Report on vaccination in Madras 1904-1921 - 1904-1921
Year: 1904
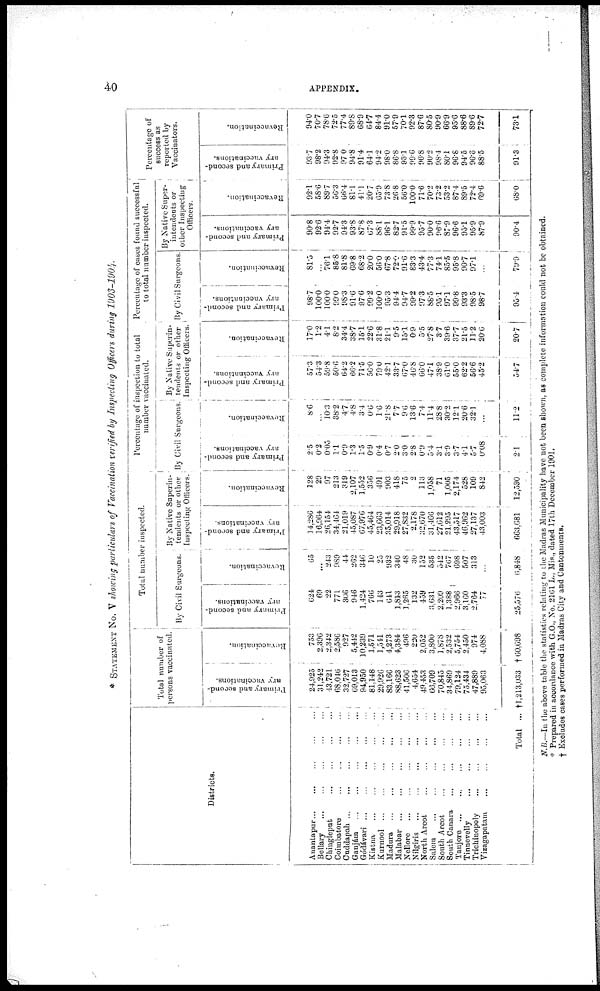
40
APPENDIX.
* STATEMENT No. V showing particulars of Vaccination verified by Inspecting Officers during 1903-1904.
Districts.
Anantapur...
...
...
...
...
Bellary...
...
...
...
...
Chingleput...
...
...
...
Coimbatore...
...
...
...
Cuddapah...
...
...
...
...
Ganjám
...
...
...
...
...
Gódávari...
...
...
...
...
Kistna...
...
...
...
...
Kurnool...
...
...
...
...
Madura...
...
...
...
...
Malabar...
...
...
...
...
Nellore...
...
...
...
...
...
Nilgiris...
...
...
...
...
...
North Arcot...
...
...
...
...
Salem... ... ... ... ...
South Arcot...
...
...
...
...
South Canara... ... ... ... ...
Tanjore... ... ... ... ...
Tinnevelly...
...
...
...
...
Trichinopoly...
...
...
...
...
Vizagapatam... ... ... ...
Total ...
Total number of
persons vaccinated.
Primary and second-
ary vaccinations.
24,925
31,242
43,721
68,046
32,727
69,013
94,950
81,148
29,926
83,166
88,623
41,506
4,654
49,453
66,709
70,845
34,869
79,124
75,434
47,889
95,063
†1,213,033
Re-vaccination.
753
2,396
2,342
2,586
927
5,442
10,239
1,571
1,541
4,273
4,384
496
220
2,052
3,800
1,878
2,532
5,754
2,450
974
4,088
† 60,098
Total number inspected.
By Civil Surgeons.
Primary and second-
ary vaccinations.
624
69
22
771
306
946
1,424
766
143
641
1,843
1,265
132
459
3,631
2,209
1,388
2,966
3,160
2,764
77
25,576
Revaccination.
65
...
243
989
44
262
346
10
25
932
340
48
30
152
535
542
767
698
507
313
...
6,848
By Native Superin-
tendents or other
Inspecting Officers.
Primary and second-
ary vaccinations.
14,286
16,964
26,154
34,464
21,019
45,087
67,976
45,464
23,663
35,014
29,918
27,832
2,178
32,670
31,466
27,612
21,295
43,517
46,962
27,137
43,003
663,681
Revaccination.
128
29
97
213
319
2,107
1,552
356
491
903
418
75
2
113
1,058
71
1,005
2,174
528
109
842
12,590
Percentage of inspection to
number vaccinated.
total
By Civil
Surgeons.
Primary and second-
ary vaccinations.
2.5
0.2
0.05
1.1
0.9
1.3
1.5
0.9
0.4
0.7
2.0
3.0
2.8
0.9
5.4
3.1
3.9
3.7
4.1
5.7
0.08
2.1
Re va c c i
na t
i
on.
8.6
...
10.3
38.2
4.7
4.8
3.4
0.6
1.6
21.8
7.7
9.0
13.6
7.4
11.4
28.8
30.2
12.1
20.6
32.1
...
11.2
By Native S
tendents o
Inspecting
uperin-
r other
Officers.
Pr i
mar y and second-
ary vaccinations.
57.3
54.3
59.8
50.0
64.2
66.2
71.5
56.0
79.0
42.1
33.7
67.0
46.8
66.0
47.1
38.9
61.0
55.0
62.2
56.6
45.2
54.7
Re va c c i
na t
i
on.
17.0
1.2
4.1
8.2
34.4
38.7
15.1
22.6
31.8
21.1
9.5
15.1
0.9
5.5
27.8
3.7
39.6
37.7
21.5
11.2
20.6
20.7
Percentage of cases found successful.
to total number inspected.
By Civil Surgeons.
Primary and second-
ary vaccinations.
98.7
100.0
100.0
99.0
98.3
91.6
97.6
99.2
100.0
95.3
94.4
94.7
99.2
97.3
88.5
95.1
97.1
99.8
93.3
98.5
98.7
95.4
Revaccination.
81.5
...
76.1
85.8
81.8
69.8
68.2
20.0
56.0
67.8
72.0
91.6
83.3
43.4
77.3
74.1
85.5
95.8
90.7
97.1
...
79.9
By Native Super-
intendents or
other Inspecting
Officers.
Primary and second-
ary vaccinations.
90.8
92.6
94.4
92.7
94.3
93.8
87.8
67.3
88.1
96.1
82.7
9l.5
99.9
95.7
90.0
96.6
87.9
96.6
95.1
95.9
87.9
90.4
Revaccination.
92.1
58.6
89.7
56.3
66.4
81.1
41.1
20.7
65.9
73.8
26.8
56.0
100.0
71.6
70.2
73.2
53.2
87.4
89.5
72.4
69.6
68.0
Percentage of
success as
reported by
Vaccinators.
Primary and second-
ary vaccinations.
93.7
98.2
94.3
92.8
97.0
94.8
91.4
64.1
94.2
98.0
86.8
93.1
99.6
96.8
90.2
98.4
80.1
96.8
94.5
96.6
88.5
91.3
Revaccination.
94.0
70.7
78.6
72.5
77.4
89.8
68.9
64.7
84.4
91.0
57.9
70.1
92.3
87.6
80.5
90.9
66.9
95.6
88.6
89.6
72.7
73.1
N.B.—In the above table the statistics relating to the Madras Municipality have not been shown, as complete information could not be obtained.
* Prepared in accordance with G.O., No. 2161 L., Mis., dated 17th December 1901.
† Excludes cases performed in Madras City and Cantonments.